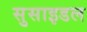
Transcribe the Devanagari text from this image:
सुसाइडल